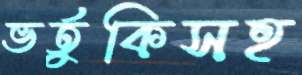
ভর্তুকিসহ